Leaving Certificate, 1901
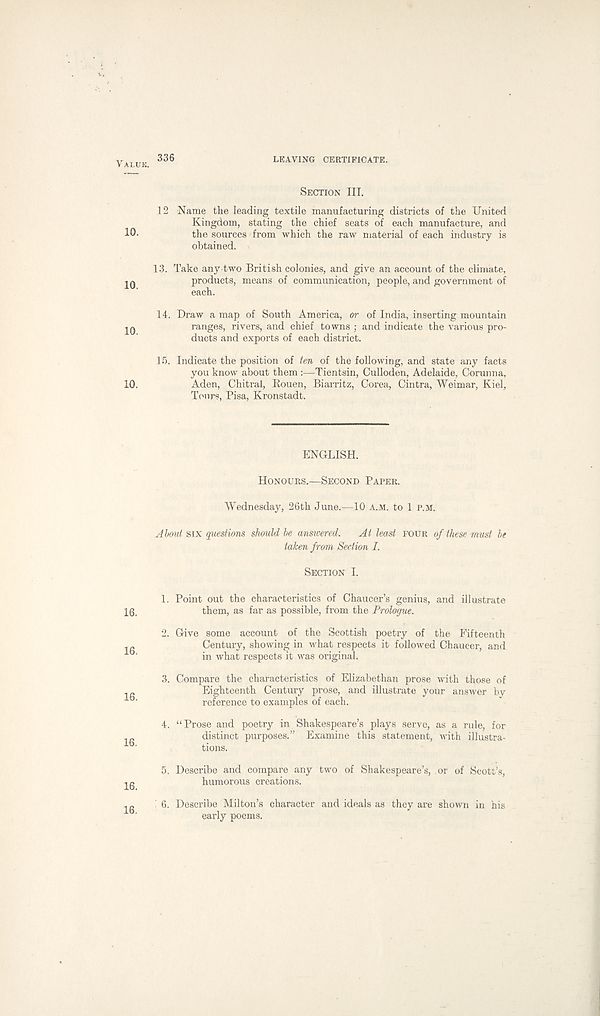
VALUK.
336
LEAVING CERTIFICATE.
SECTION III.
12 Name the leading textile manufacturing districts of the United
Kingdom, stating the chief seats of each manufacture, and
10*
the sources from which the raw material of each industry is
obtained.
13. Take any two British colonies, and give an account of the climate,
JQ
products, means of communication, people, and government of
each.
14. Draw a map of South America, or of India, inserting mountain
JQ
ranges, rivers, and chief towns ; and indicate the various pro-
ducts and exports of each district.
15. Indicate the position of ten of the following, and state any facts
you know about them :—Tientsin, Culloden, Adelaide, Corunna,
10.
Aden, Chitral, Rouen, Biarritz, Corea, Cintra, Weimar, Kiel,
Tours, Pisa, Kronstadt.
ENGLISH.
HONOURS.—SECOND PAPER.
Wednesday, 26th June.—10 A.M. to 1 P.M.
Jbmt six questions should he answered.
At least FOUR of these must be
taken from Section I.
SECTION I.
1. Point out the characteristics of Chaucer’s genius, and illustrate
16,
them, as far as possible, from the Prologue.
2. Give some account of the Scottish poetry of the Fifteenth
1
Century, showing in what respects it followed Chaucer, and
in what respects it was original.
3. Compare the characteristics of Elizabethan prose with those of
. „
Eighteenth Century prose, and illustrate your answer by
reference to examples of each.
4. “Prose and poetry in Shakespeare’s plays serve, as a rule, for
-
distinct purposes.” Examine this statement, with illustra-
ib '
tions.
5. Describe and compare any two of Shakespeare’s, or of Scott’s,
jg
humorous creations.
1 „
6. Describe Milton’s character and ideals as they are shown in his
'
early poems.